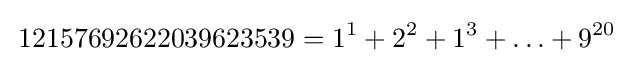
\,12157692622039623539=1^{1}+2^{2}+1^{3}+\ldots +9^{20}